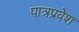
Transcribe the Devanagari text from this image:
पात्रप्रवेश